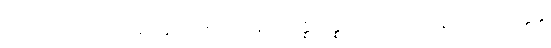
ကထာယ၊ အဘယ်မည်သော စကားဖြင့်။ သန္နိသိန္နာ၊ စည်းဝေးကုန်သည်။ အတ္ထနု၊